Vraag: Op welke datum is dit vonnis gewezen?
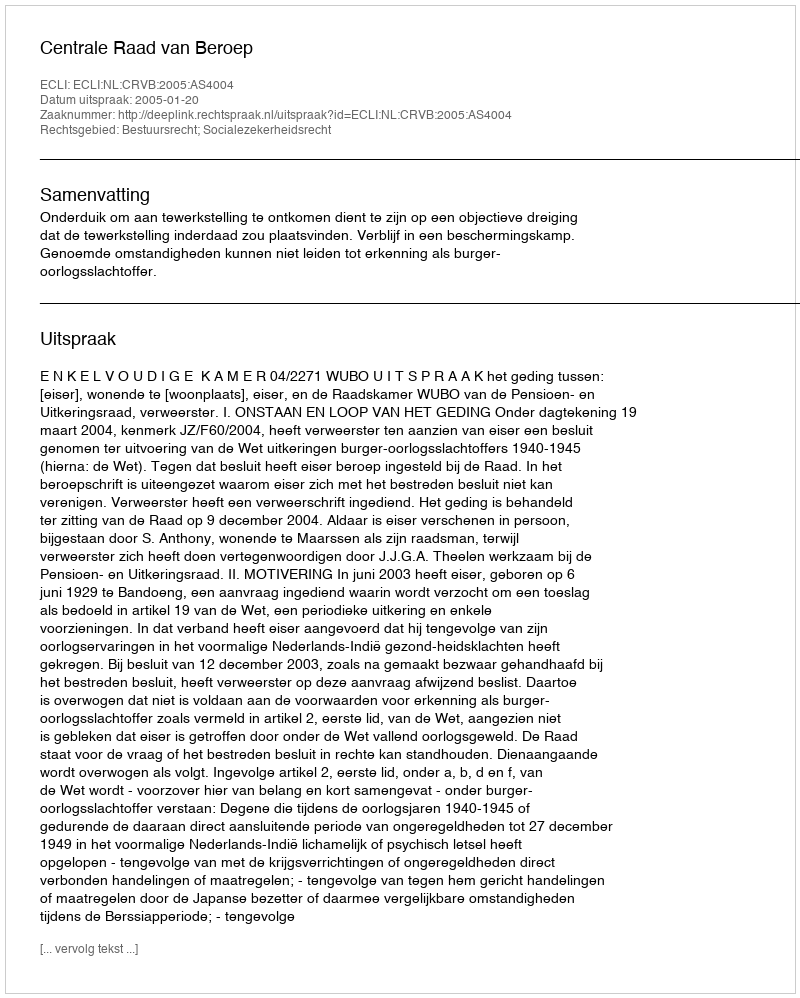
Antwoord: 2005-01-20